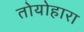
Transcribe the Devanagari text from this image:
तोयोहारा